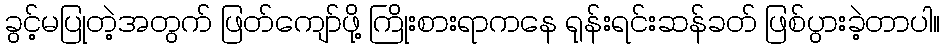
ခွင့်မပြုတဲ့အတွက် ဖြတ်ကျော်ဖို့ ကြိုးစားရာကနေ ရုန်းရင်းဆန်ခတ် ဖြစ်ပွားခဲ့တာပါ။